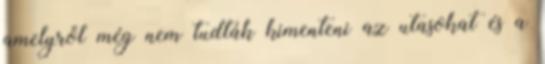
amelyről még nem tudták kimenteni az utasokat és a